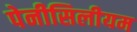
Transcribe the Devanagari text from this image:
पेनीसिलीयम